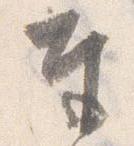
奉